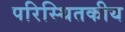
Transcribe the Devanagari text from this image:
परिस्थितकीय